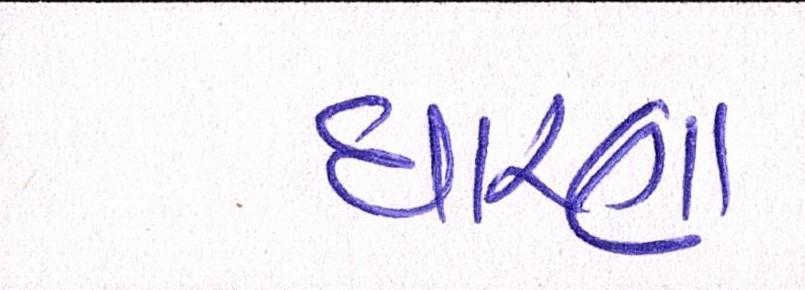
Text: ધારણા